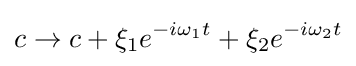
c\to c+\xi _{1}e^{-i\omega _{1}t}+\xi _{2}e^{-i\omega _{2}t}